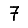
Digit: 7